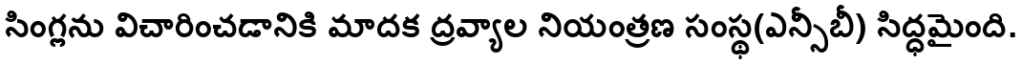
సింగ్లను విచారించడానికి మాదక ద్రవ్యాల నియంత్రణ సంస్థ(ఎన్సీబీ) సిద్ధమైంది.